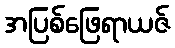
အပြစ်ဖြေရာယဇ်